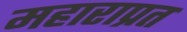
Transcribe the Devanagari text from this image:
महाराप्रत